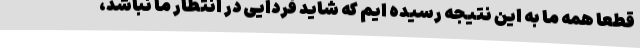
قطعا همه ما به این نتیجه رسیده ایم که شاید فردایی در انتظار ما نباشد،